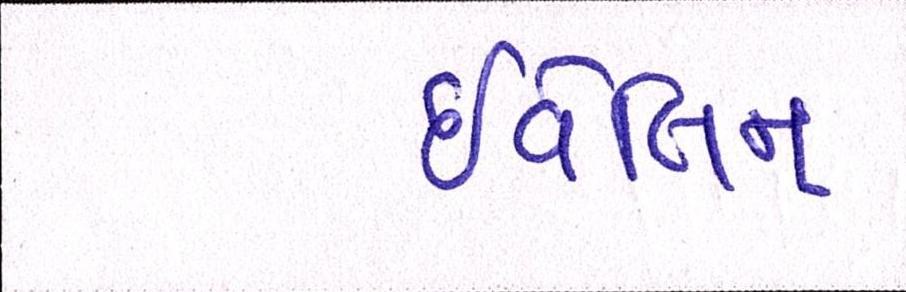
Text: ઇવેલિન